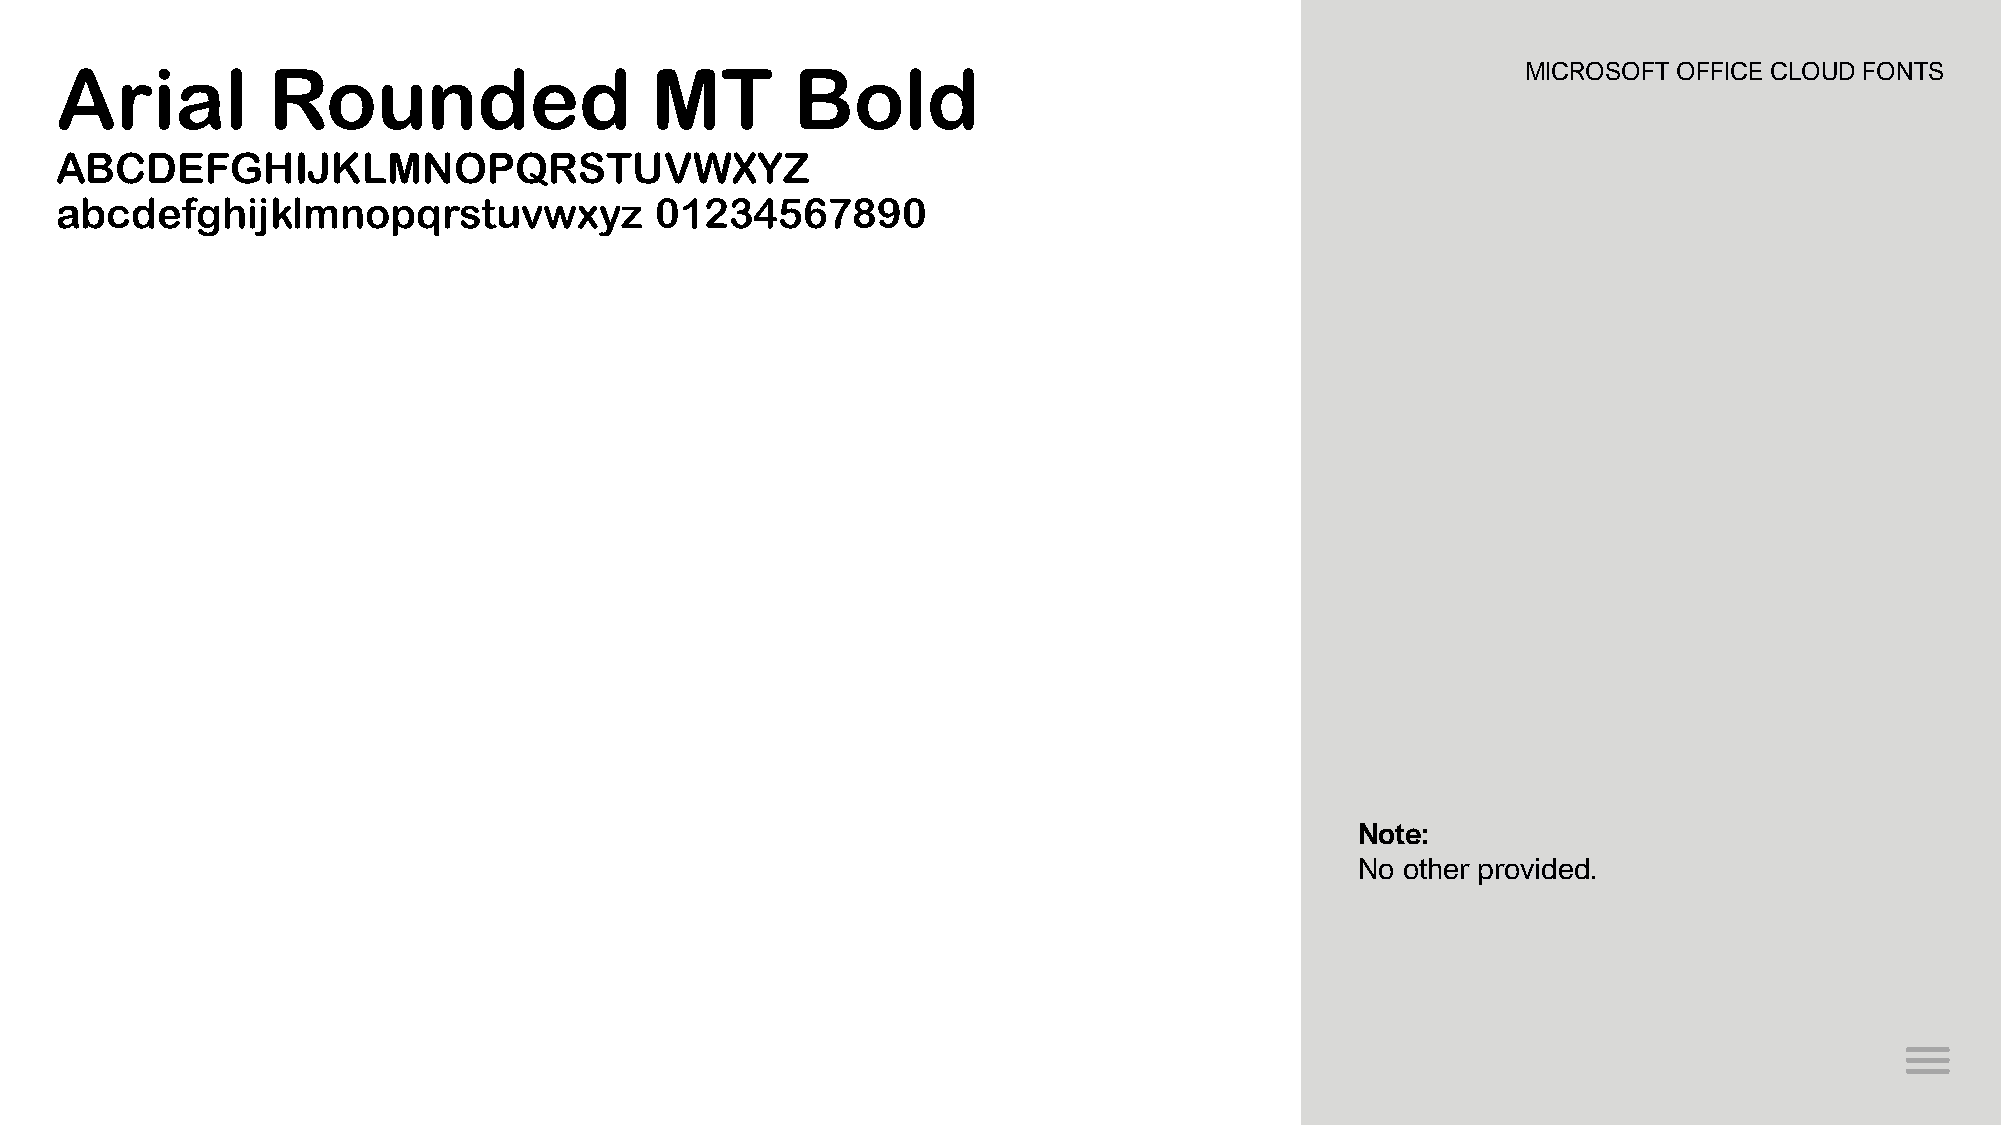
Arial         Rounded                  MT        Bold                                            MICROSOFT OFFICE CLOUD FONTS
 ABCDEFGHIJKLMNOPQRSTUVWXYZ
 abcdefghijklmnopqrstuvwxyz             01234567890
 Note:
 No other provided.